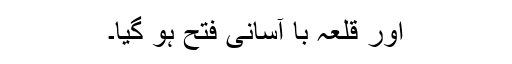
اور قلعہ با آسانی فتح ہو گیا۔